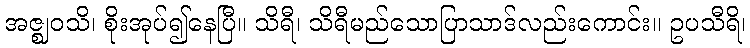
အဇ္ဈဝသိ၊ စိုးအုပ်၍နေပြီ။ သိရီ၊ သိရီမည်သောပြာသာဒ်လည်းကောင်း။ ဥပသီရိ၊